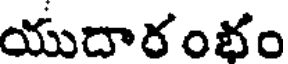
యుదారంభం